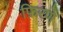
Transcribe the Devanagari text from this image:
फ़िरणे